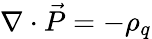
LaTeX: \nabla\cdot\vec{P}=-\rho_{q}